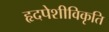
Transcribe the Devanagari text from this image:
हृदपेशीविकृति